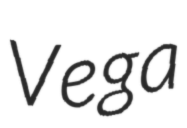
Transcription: Vega